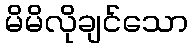
မိမိလိုချင်သော